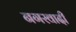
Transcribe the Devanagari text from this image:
नगरवादी